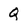
Character: Q